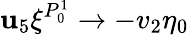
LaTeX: \mathbf{u}_{5}\xi^{P_{0}^{1}}\to-v_{2}\eta_{0}